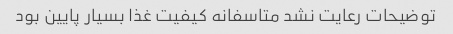
توضیحات رعایت نشد متاسفانه کیفیت غذا بسیار پایین بود